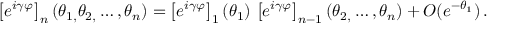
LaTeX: \left[ e ^ { i \gamma \varphi } \right] _ { n } ( \theta _ { 1 , } \theta _ { 2 , } \dots , \theta _ { n } ) = \left[ e ^ { i \gamma \varphi } \right] _ { 1 } ( \theta _ { 1 } ) \, \left[ e ^ { i \gamma \varphi } \right] _ { n - 1 } ( \theta _ { 2 , } \dots , \theta _ { n } ) + O ( e ^ { - \theta _ { 1 } } ) \, .